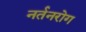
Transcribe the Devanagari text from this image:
नर्तनरोग